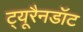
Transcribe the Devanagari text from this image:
ट्यूरैनडॉट